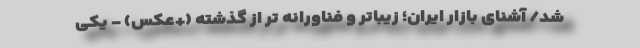
شد/ آشنای بازار ایران؛ زیباتر و فناورانه تر از گذشته (+عکس) - یکی